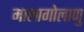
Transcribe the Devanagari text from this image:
मालागोलाणु